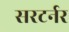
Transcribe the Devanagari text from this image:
सरटर्नर